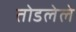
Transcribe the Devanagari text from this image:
तोडलेले